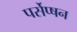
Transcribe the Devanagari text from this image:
पर्सेप्षन